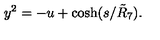
y ^ { 2 } = - u + \cosh ( s / \tilde { R } _ { 7 } ) .